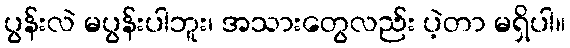
ပွန်းလဲ မပွန်းပါဘူး၊ အသားတွေလည်း ပဲ့တာ မရှိပါ။